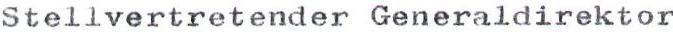
Stellvertretender Generaldirektor